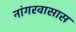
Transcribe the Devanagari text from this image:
नांगरवासास